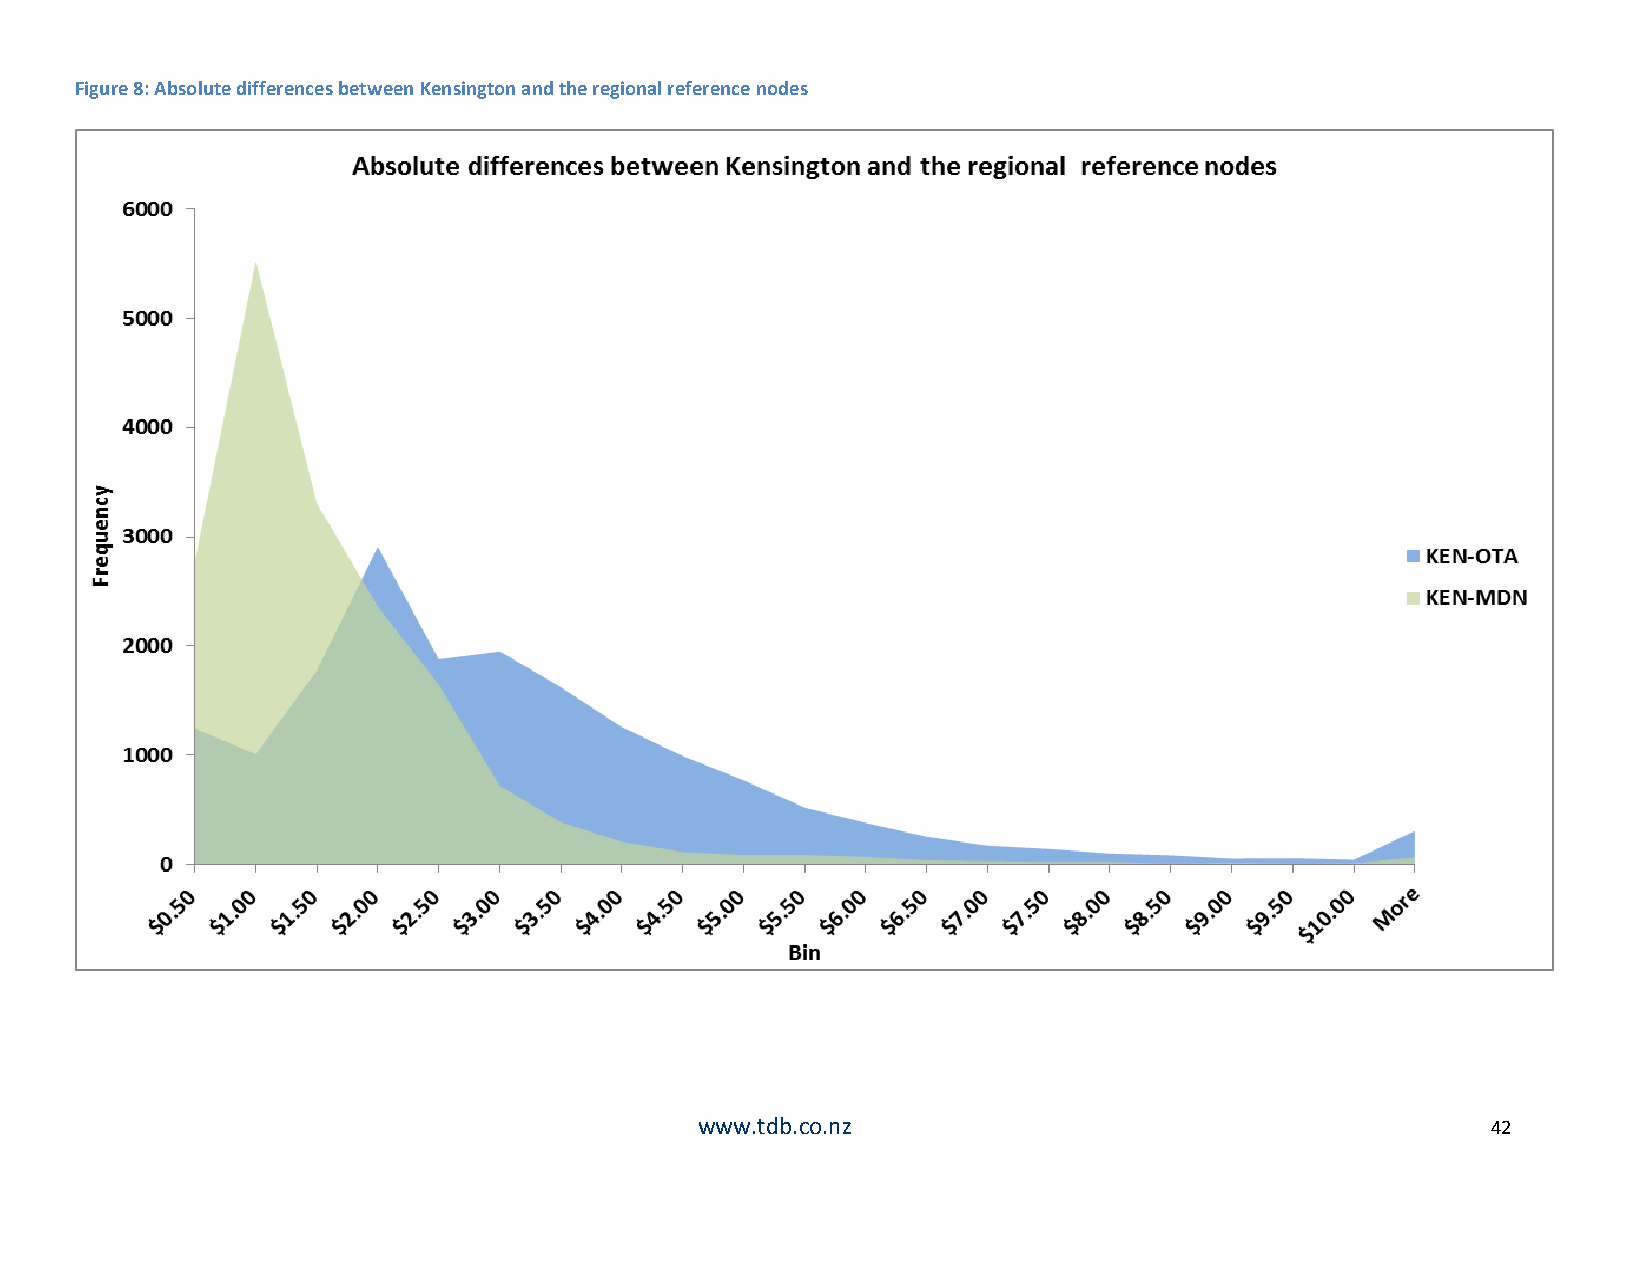
Figure 8: Absolute differences between Kensington and the regional reference nodes
 www.tdb.co.nz                                        42